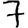
Digit: 7